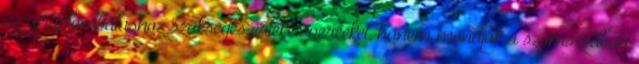
az újraplombáláshoz szükséges értékes perceket, hanem mondjuk a szomszédban